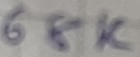
Text: 68K